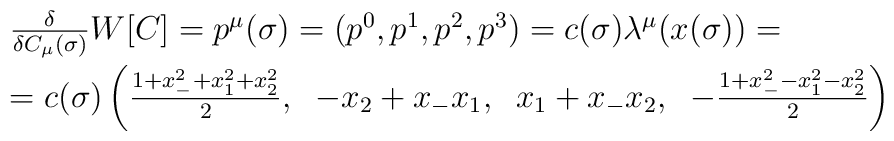
\begin{array}{l}{\delta\over\delta C_{\mu}(\sigma)}W[C]=p^{\mu}(\sigma)=(p^0,p^1,p^2,p^3)= c(\sigma) \lambda^{\mu}(x(\sigma))=\\[5pt]=c(\sigma)\left({1+x_-^2+x_1^2+x_2^2\over 2},\;\;-x_2+x_-x_1,\;\;x_1+x_-x_2,\;\;-{1+x_-^2-x_1^2-x_2^2\over 2}\right)\end{array}